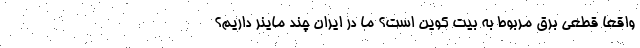
واقعاً قطعی برق مربوط به بیت کوین است؟ ما در ایران چند ماینر داریم؟